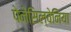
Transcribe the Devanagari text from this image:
पेनेसिल्वेनिया